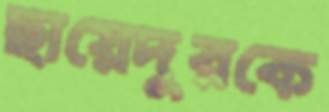
ছায়েদুরকে